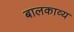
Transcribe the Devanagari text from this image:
बालकाव्य